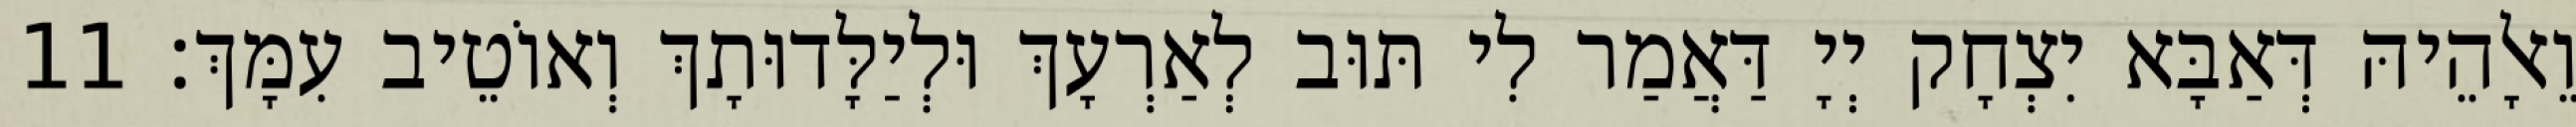
וֵאלָהֵיהּ דְּאַבָּא יִצְחָק יְיָ דַּאֲמַר לִי תּוּב לְאַרְעָךְ וּלְיַלָּדוּתָךְ וְאוֹטֵיב עִמָּךְ׃ 11